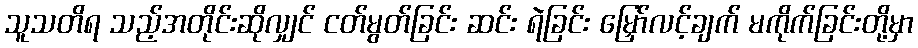
သူသတိရ သည့်အတိုင်းဆိုလျှင် ငတ်မွတ်ခြင်း ဆင်း ရဲခြင်း မြှော်လင့်ချက် မကိုက်ခြင်းတို့မှာ